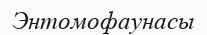
Энтомофаунасы